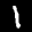
Label: 1